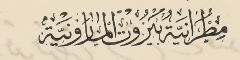
مطرانية بيروت المارونية